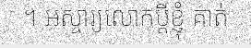
។ អស្ចារ្យលោកប្តីខ្ញុំ គាត់